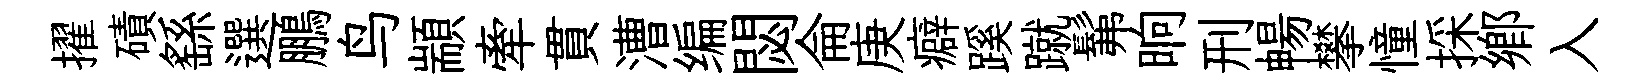
擢磧繇選鵬鸟顓牽貫漕编閟侖庚癖蹊蹴髴晌刑暢攀憧採郷入